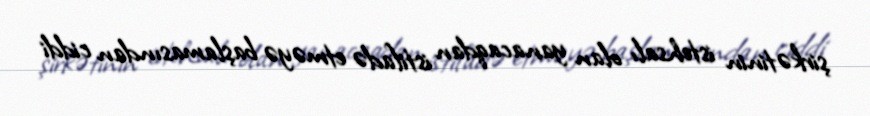
şirkətinin istehsalı olan yanacaqdan istifadə etməyə başlamasından ciddi